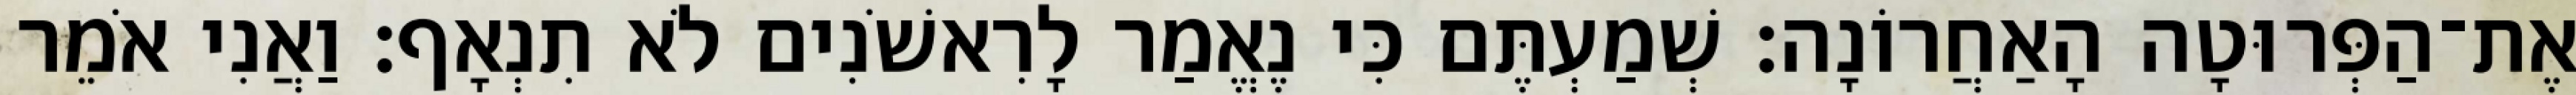
אֶת־הַפְּרוּטָה הָאַחֲרוֹנָה׃ שְׁמַעְתֶּם כִּי נֶאֱמַר לָרִאשֹׁנִים לֹא תִנְאָף׃ וַאֲנִי אֹמֵר